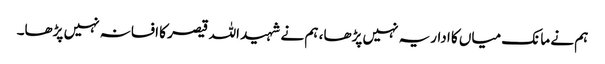
ہم نے مانک میاں کا اداریہ نہیں پڑھا، ہم نے شہید اللہ قیصر کا افسانہ نہیں پڑھا۔